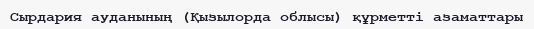
Сырдария ауданының (Қызылорда облысы) құрметті азаматтары